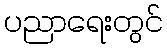
ပညာရေးတွင်